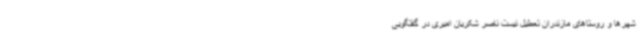
شهرها و روستاهای مازندران تعطیل نیست ناصر شکریان امیری در گفتگویی